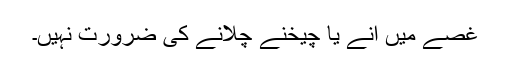
غصے میں آنے یا چیخنے چلانے کی ضرورت نہیں۔